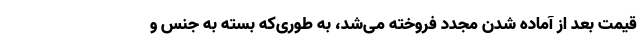
قیمت بعد از آماده شدن مجدد فروخته می‌شد، به طوری‌که بسته به جنس و